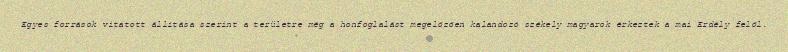
Egyes források vitatott állítása szerint a területre még a honfoglalást megelőzően kalandozó székely magyarok érkeztek a mai Erdély felől.